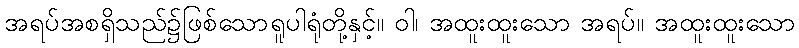
အရပ်အစရှိသည်၌ဖြစ်သောရူပါရုံတို့နှင့်။ ဝါ၊ အထူးထူးသော အရပ်။ အထူးထူးသော